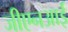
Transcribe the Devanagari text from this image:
जीएनआई